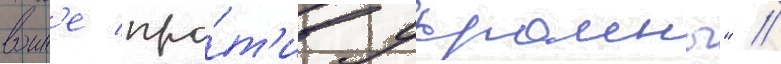
воин'е про́т'ив украины" //